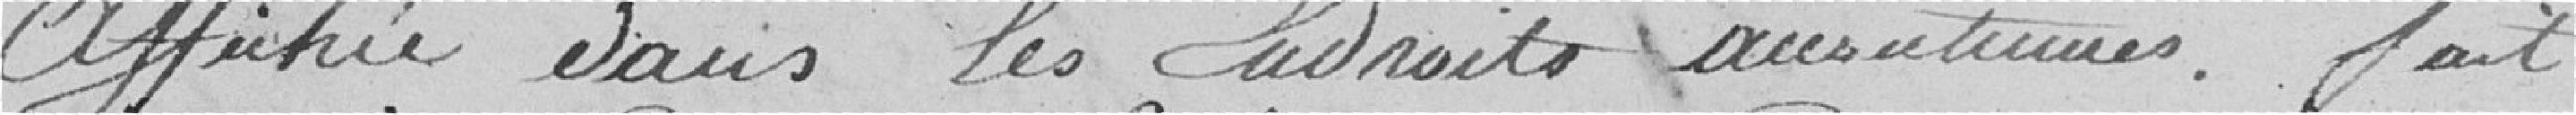
affichée dans les endroits  fait